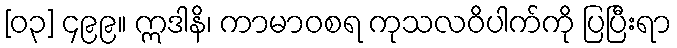
[၀၃] ၄၉၉။ ဣဒါနိ၊ ကာမာဝစရ ကုသလဝိပါက်ကို ပြပြီးရာ